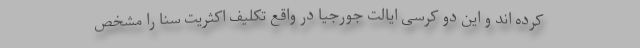
کرده اند و این دو کرسی ایالت جورجیا در واقع تکلیف اکثریت سنا را مشخص